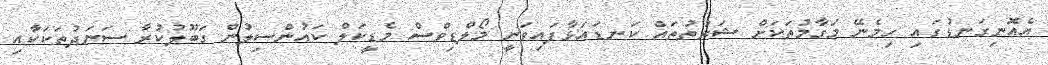
އެއޮނިގަނޑުގައި ހިމެނޭ މަގާމުތަކަށް ޝަރުތުތައް ކަނޑައަޅާފައިވަނީ މޯލްޑިވްސް މެޑީކަލް ކައުންސިލުން ގަބޫލުކުރާ ސަނަދުތަކަކާއި